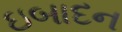
ઇબાદન